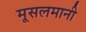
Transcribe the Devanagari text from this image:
मूसलमानी